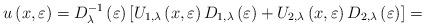
LaTeX: \begin{align*}u\left( x,\varepsilon \right) =D_{\lambda }^{-1}\left( \varepsilon \right) \left[ U_{1,\lambda }\left( x,\varepsilon \right) D_{1,\lambda }\left(\varepsilon \right) +U_{2,\lambda }\left( x,\varepsilon \right) D_{2,\lambda}\left( \varepsilon \right) \right] = \end{align*}